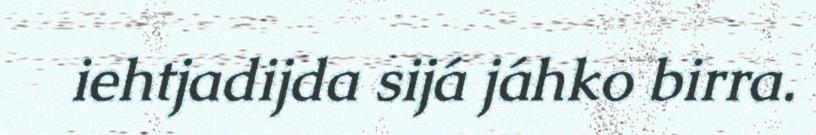
iehtjadijda sijá jáhko birra.